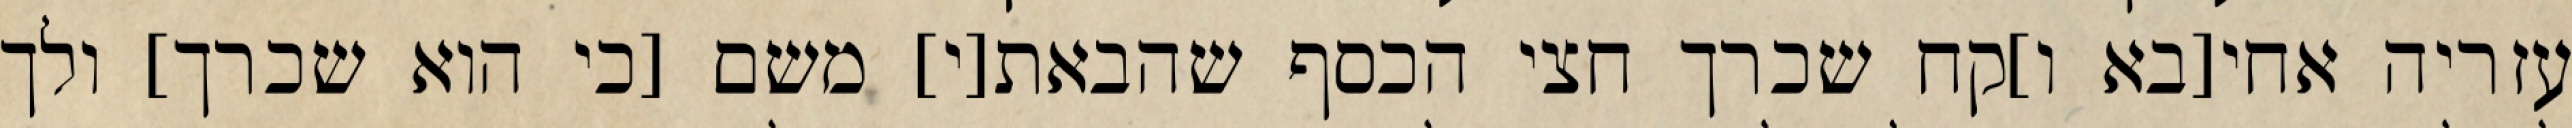
עזריה אחי[בא ו]קח שכרך חצי הכסף שהבאת[י] משם [כי הוא שכרך] ולך